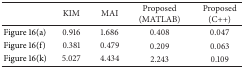
|  | KIM | MAI | Proposed (MATLAB) | Proposed (C++) |
 | --- | --- | --- | --- | --- |
 | Figure 16(a) | 0.916 | 1.686 | 0.408 | 0.047 |
 | Figure 16(f) | 0.381 | 0.479 | 0.209 | 0.063 |
 | Figure 16(k) | 5.027 | 4.434 | 2.243 | 0.109 |